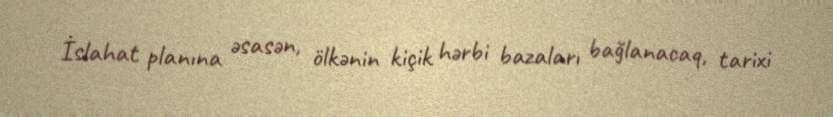
İslahat planına əsasən, ölkənin kiçik hərbi bazaları bağlanacaq, tarixi